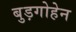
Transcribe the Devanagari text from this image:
बुड़गोहेन